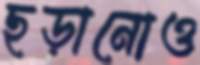
ছড়ানোও